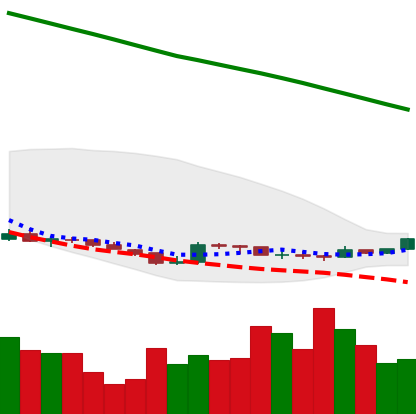
Ticker: XLM-USD
Chart end date: 2019-02-18
Forward return: 12.625%
Label: up_7plus